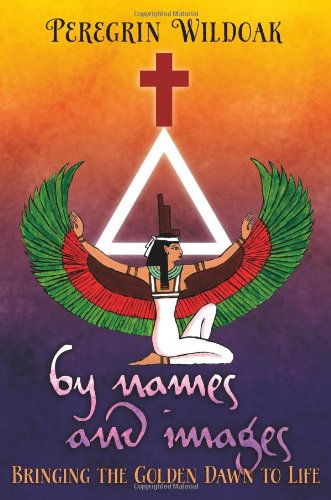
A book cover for By Names and Images: Bringing the Golden Dawn to Life; Peregrin Wildoak; Religion & Spirituality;